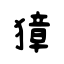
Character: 獐